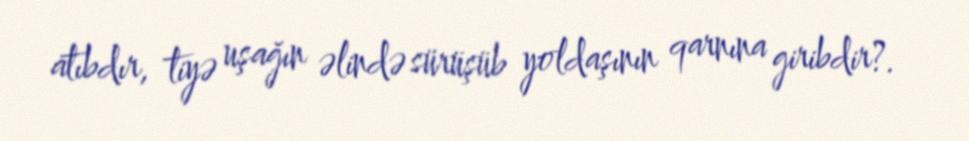
atıbdır, tiyə uşağın əlində sürüşüb yoldaşının qarnına giribdir?.